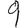
Digit: 9